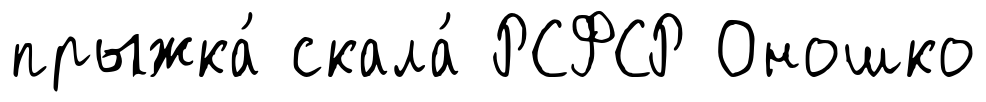
прыжка́ скала́ РСФСР Оношко